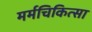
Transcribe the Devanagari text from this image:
मर्मचिकित्सा